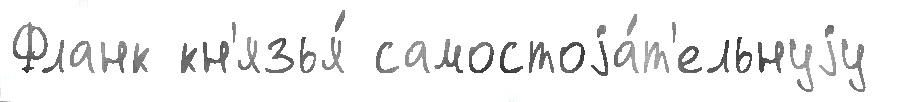
Фланк кн'язья́ самостоjа́т'ельнуjу